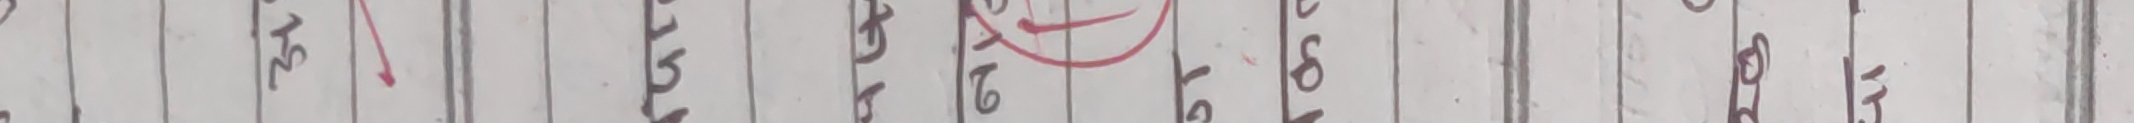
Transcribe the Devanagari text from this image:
नेपाल